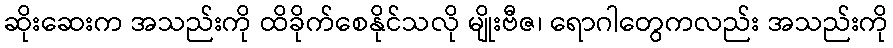
ဆိုးဆေးက အသည်းကို ထိခိုက်စေနိုင်သလို မျိုးဗီဇ၊ ရောဂါတွေကလည်း အသည်းကို